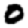
Digit: 0